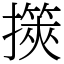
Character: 擌